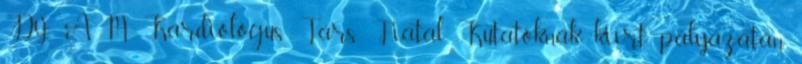
Díj: A M. Kardiológus Társ. Fiatal Kutatóknak kiírt pályázatán